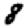
Digit: 8